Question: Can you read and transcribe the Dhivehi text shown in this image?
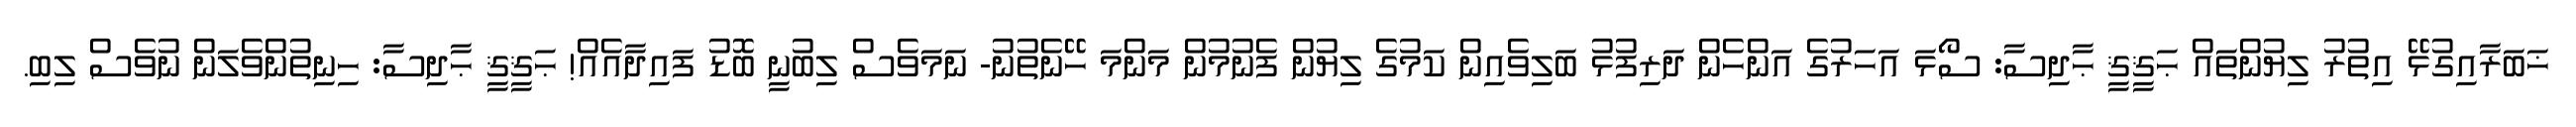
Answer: ޚަބަރާއިގުޅޭ އިތުރު ލިޔުންތައް ޙަޤީޤީ ޙާދިސާ: ސޯޅަ އަހަރުގެ އަންހެން ދަރިފުޅު ބަލިވެއިން ކަމުގެ ލިޔުން ފެނުމުން މަންމަ ހޭނެތުނު- ނަމަވެސް ލިބުނީ ބޮޑު ފައިދާއެއް! ޙަޤީޤީ ޙާދިސާ: ހިނިތުންވެލަން ނުވެސް ލިބި.